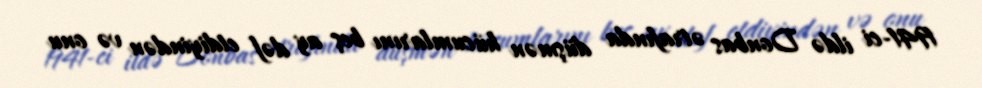
1941-ci ildə Donbas ətrafında düşmən hücumlarını beş ay dəf etdiyindən və onu